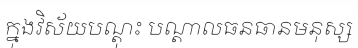
ក្នុងវិស័យបណ្តុះ បណ្តាលធនធានមនុស្ស